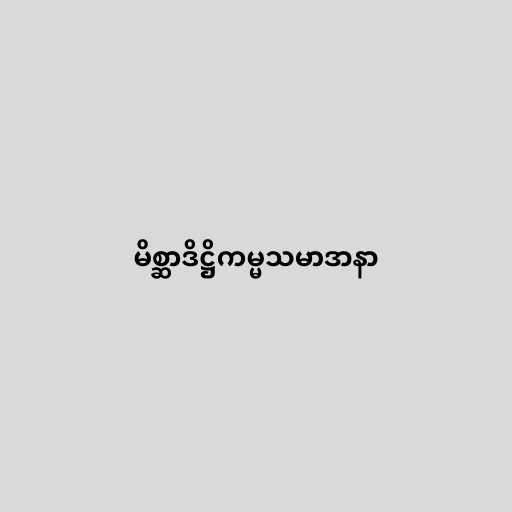
မိစ္ဆာဒိဋ္ဌိကမ္မသမာဒာနာ